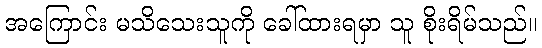
အကြောင်း မသိသေးသူကို ခေါ်ထားရမှာ သူ စိုးရိမ်သည်။